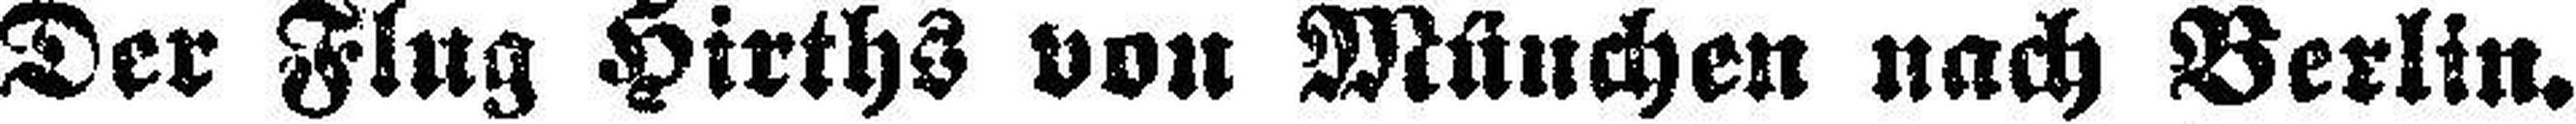
Der Flug Hirths von München nach Berlin.